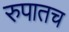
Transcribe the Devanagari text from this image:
रुपातच